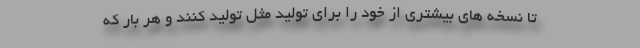
تا نسخه های بیشتری از خود را برای تولید مثل تولید کنند و هر بار که